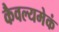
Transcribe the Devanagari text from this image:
कैवल्यमेकं